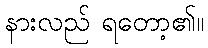
နားလည် ရတော့၏။